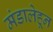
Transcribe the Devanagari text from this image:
मंडालेहून